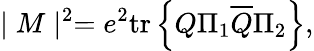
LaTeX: \mid M\mid^{2}=e^{2}\mathrm{tr}\left\{ Q\Pi_{1}\overline{{{Q}}}\Pi_{2}\right\} ,